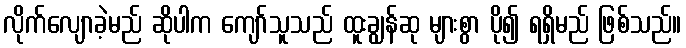
လိုက်လျောခဲ့မည် ဆိုပါက ကျော်သူသည် ထူးချွန်ဆု များစွာ ပို၍ ရရှိမည် ဖြစ်သည်။